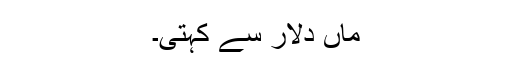
ماں دلار سے کہتی۔